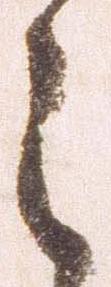
之